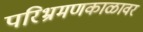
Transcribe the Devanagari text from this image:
परिभ्रमणकाळावर